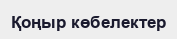
Қоңыр көбелектер